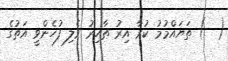
(  ) ތަޔައްމުމު ކުރާ އިރު ޠާހިރު ވެލި ފުހެންވީ އަތުގެ